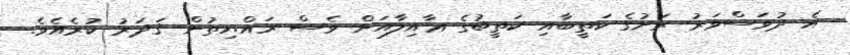
އެ ދުވަސްވަރު ރަށުގެ ކަތީބާއި ކަތީބުގެ ޢާއިލާއަށް ވެސް ރައްޔިތުން ޤަދަރު ކުރެއެވެ.